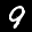
Label: 9